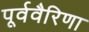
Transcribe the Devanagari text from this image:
पूर्ववैरिणा